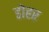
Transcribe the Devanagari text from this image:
डोहर